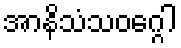
အာနိသံသဝဂ္ဂေါ